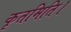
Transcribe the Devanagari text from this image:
कृतमिति।